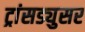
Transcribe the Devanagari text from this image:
ट्रांसड्युसर